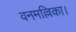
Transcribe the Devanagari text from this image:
वनमल्लिका।